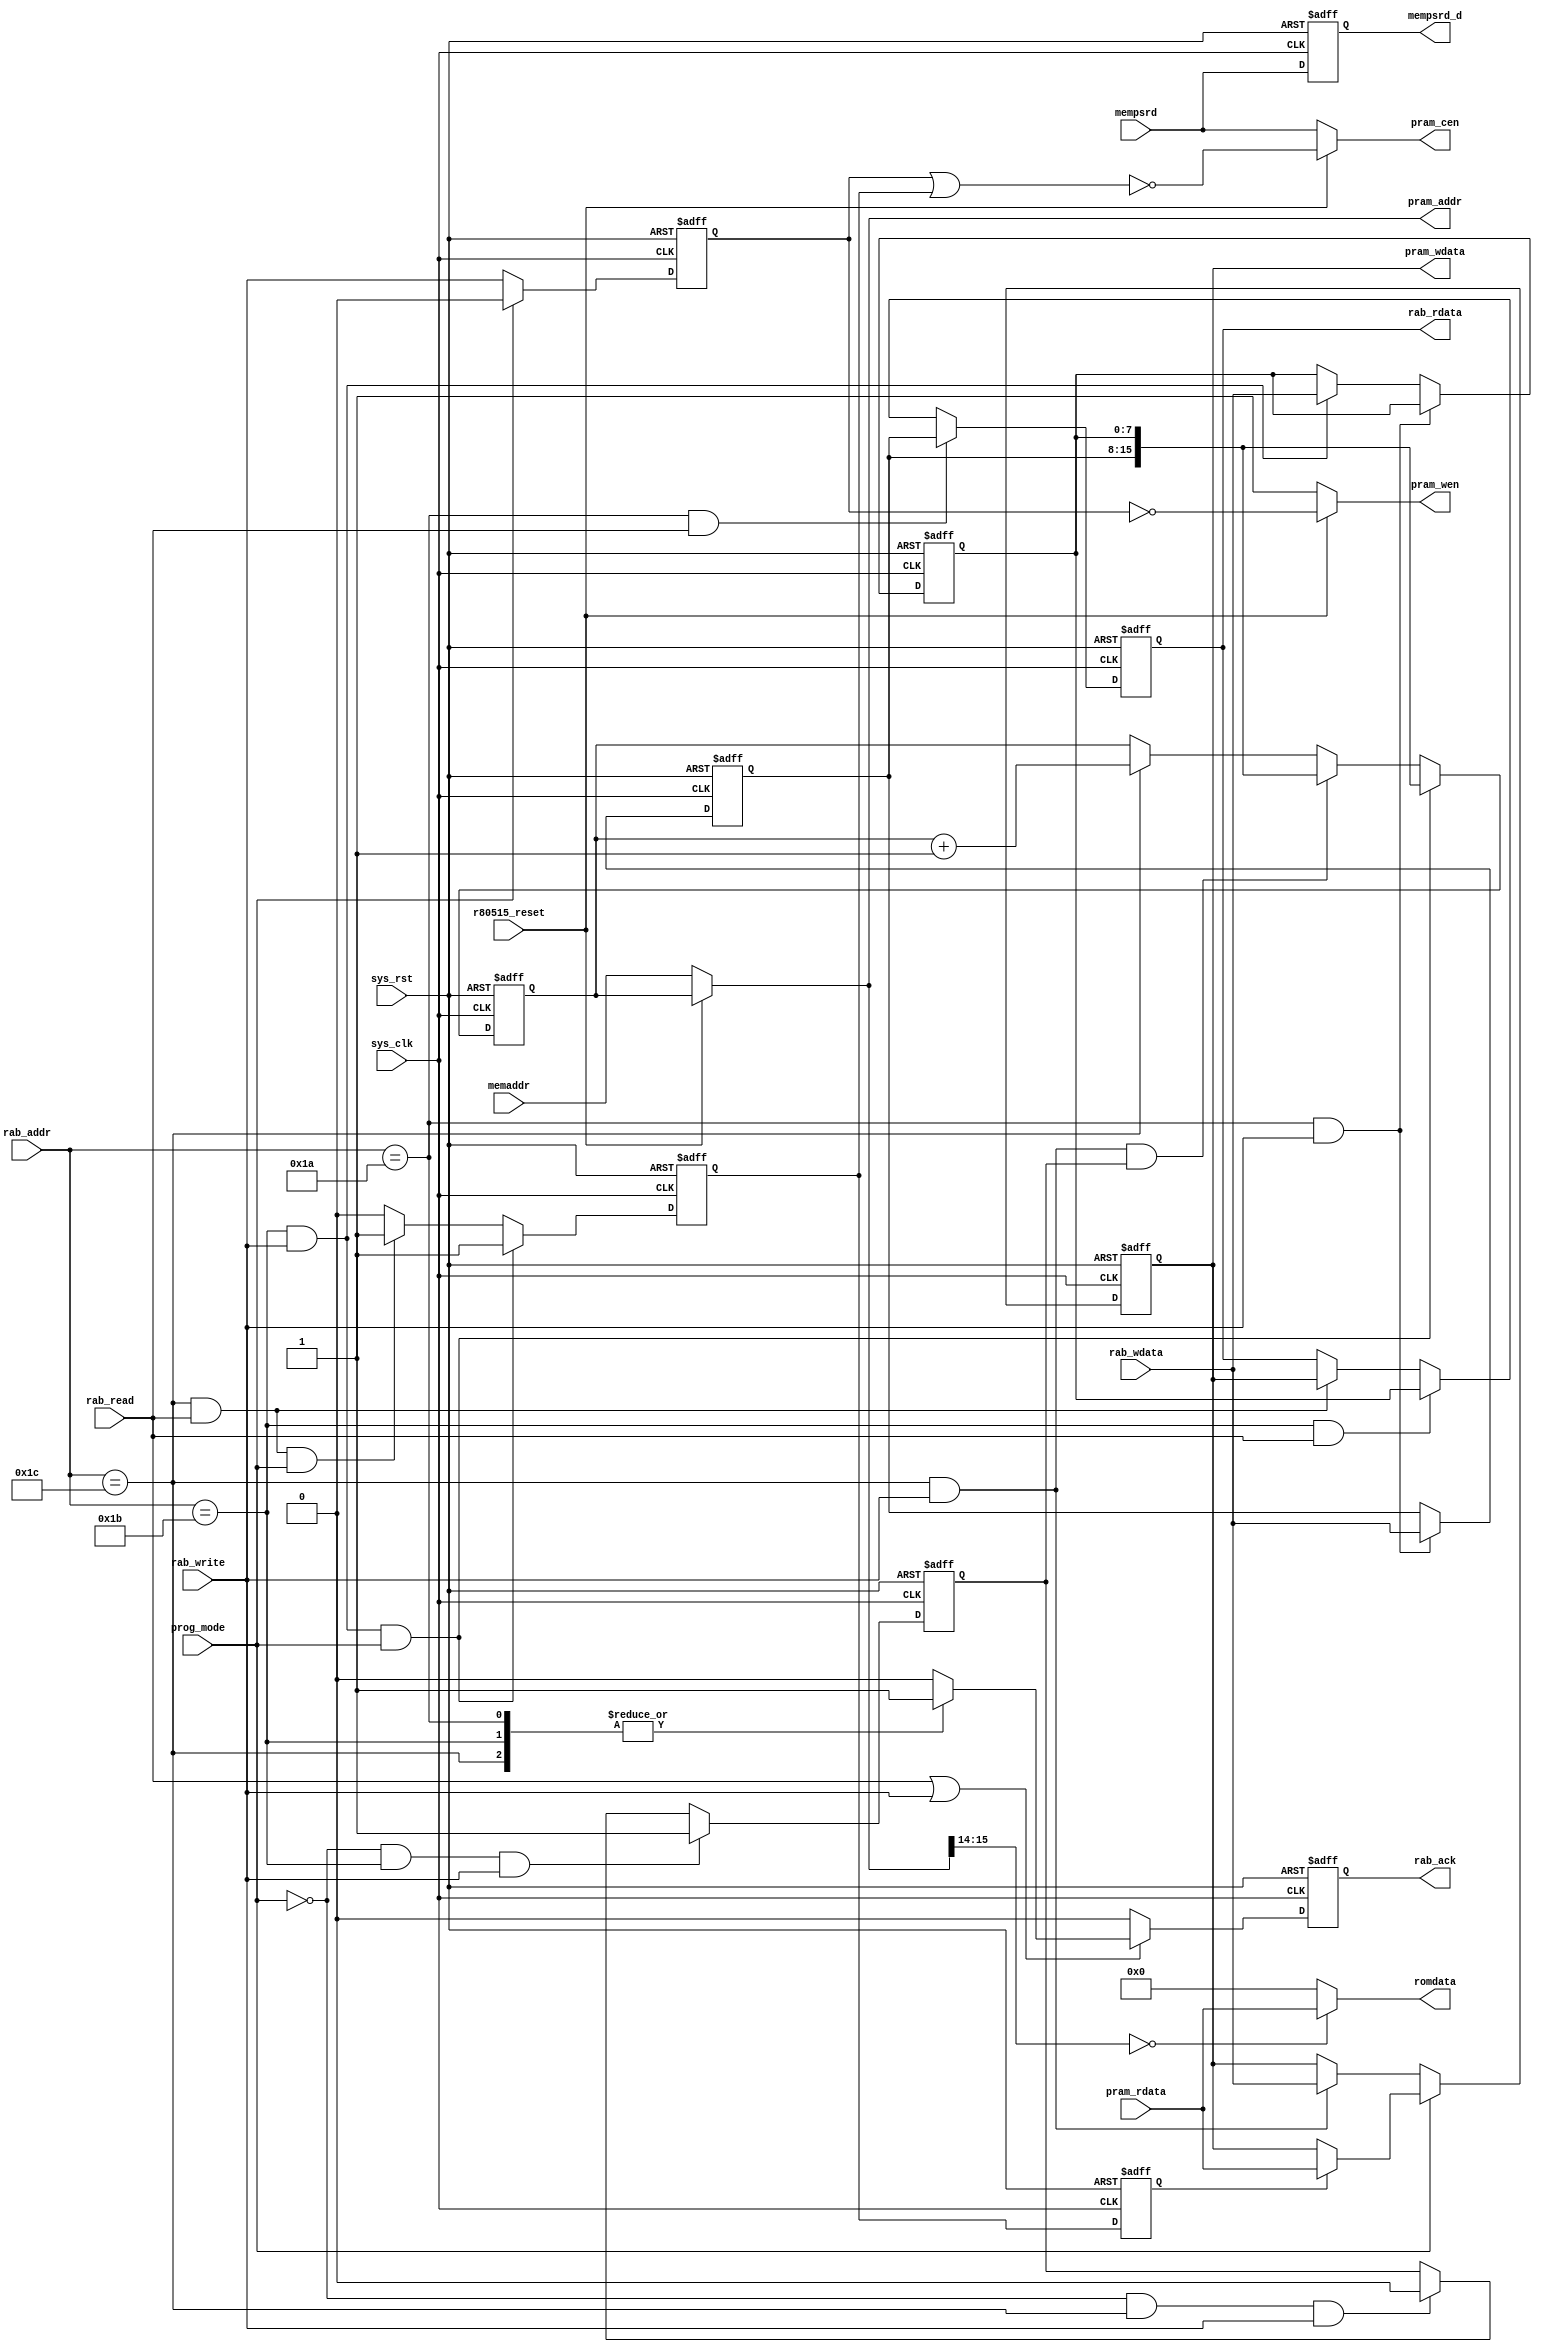
module pram_if(
              sys_clk   ,
              sys_rst   ,
              r80515_reset,
              prog_mode ,
              rab_write ,
              rab_read  ,
              rab_addr  ,
              rab_wdata ,
              rab_rdata ,
              rab_ack   ,

              pram_rdata,
              pram_wen  ,
              pram_cen  ,
              pram_addr ,
              pram_wdata,

              memaddr   ,
              romdata   ,
              mempsrd   ,
              mempsrd_d
 );

input          sys_clk         ;
input          sys_rst         ;
input          r80515_reset    ;
input          prog_mode       ;  //0: sequential write; 1:sequential read

// Host IF
input          rab_write       ;
input          rab_read        ;
input   [8:0]  rab_addr        ;
input   [7:0]  rab_wdata       ;
output  [7:0]  rab_rdata       ;
output         rab_ack         ;

// PRAM IF
input  [7:0]   pram_rdata      ;
output         pram_wen        ;
output         pram_cen        ;
output  [15:0] pram_addr       ;
output  [7:0]  pram_wdata      ; 

// ROM XBUS
input  [15:0]  memaddr         ;
input          mempsrd         ;
output         mempsrd_d       ;
output  [7:0]  romdata         ; 

reg            mempsrd_d       ;   
reg     [7:0]  prog_addr_h     ;
reg     [7:0]  prog_addr_l     ;
reg     [7:0]  prog_data       ;
reg            prog_ram_rd     ;
reg            prog_ram_rd_d   ;
reg            prog_ram_wr     ;
reg            wr_1st_flag     ;
reg    [15:0]  ramaddr         ;
reg     [7:0]  ram_rdata       ; 
reg     [7:0]  rab_rdata       ;
reg            rab_ack         ;

wire    [7:0]  romdata         ;
wire   [15:0]  pram_addr       ;
wire           pram_cen        ;
wire           pram_wen        ;
wire    [7:0]  pram_wdata      ;

// Reg control address in reset hold status
// MCU control address in reset release status
assign  pram_addr = r80515_reset ? ramaddr : memaddr;
assign  pram_cen = r80515_reset ? (!(prog_ram_wr | prog_ram_rd )) : mempsrd ;
assign  pram_wen = r80515_reset ? (!prog_ram_wr) : 1'b1 ;
assign  pram_wdata = prog_data;

assign  romdata = (pram_addr[15:14] == 2'b00) ?  pram_rdata : 8'h00 ;

// Host IF Read & Write Operation
// register for store data
// Buffer WR data in WR operation
// Hold Read data in RD operation
always @(posedge sys_clk or posedge sys_rst) begin
  if(sys_rst) begin
    prog_data   <= 8'h00;
  end
  else if(prog_mode) begin   // sequential read
    if(prog_ram_rd_d) begin  // ram_rdata ready 1 cycle after prog_ram_rd 
      prog_data <= pram_rdata; 
    end
  end
  else begin //sequential write
    if((rab_addr == 9'h1c) && rab_write) begin  
      prog_data <= rab_wdata; 
    end
  end
end

// Host RD REG
always @(posedge sys_clk or posedge sys_rst) begin
  if(sys_rst)
    rab_rdata <= 8'h00;
  else if((rab_addr == 9'h1a) && rab_read)
    rab_rdata <= prog_addr_h;
  else if((rab_addr == 9'h1b) && rab_read)
    rab_rdata <= prog_addr_l;
  else if((rab_addr == 9'h1c) && rab_read)
    rab_rdata <= prog_data  ;
end

// Host Command Acknoledge
////////////// ack ///////////////
always @(posedge sys_clk or posedge sys_rst) begin
  if(sys_rst)
    rab_ack <= 1'b0;
  else if(rab_read||rab_write)
    case (rab_addr)
      9'h1a: rab_ack <= 1'b1;
      9'h1b: rab_ack <= 1'b1;
      9'h1c: rab_ack <= 1'b1;
      default: rab_ack <= 1'b0;
    endcase
  else
    rab_ack <= 1'b0;
end

////////////// wr/rd /////////////
always @(posedge sys_clk or posedge sys_rst) begin
  if(sys_rst) 
    prog_ram_wr <= 1'b0;
  else if(!prog_mode)  //sequential write
    prog_ram_wr <= rab_write;   
  else
    prog_ram_wr <= 1'b0;
end

// Read immediate After Write Low Address in SEQ_WR mode
// Read after Write 9'1c
always @(posedge sys_clk or posedge sys_rst) begin
  if(sys_rst) 
    prog_ram_rd <= 1'b0;
  else if((rab_addr == 9'h1b) && rab_write && prog_mode)
    prog_ram_rd <= 1'b1;
  else if((rab_addr == 9'h1c) && rab_read  && prog_mode)
    prog_ram_rd <= 1'b1;
  else
    prog_ram_rd <= 1'b0;
end
  
//generate a signal for 1 clock cycle delay of prog_ram_rd
always @(posedge sys_clk or posedge sys_rst) begin
  if(sys_rst) begin
    prog_ram_rd_d <= 1'b0;
  end
  else begin
    prog_ram_rd_d <= prog_ram_rd;
  end
end

//hold access addr
always @(posedge sys_clk or posedge sys_rst) begin
  if(sys_rst) begin
    prog_addr_h <= 8'h00;
    prog_addr_l <= 8'h00;       
  end
  else //sequential read/write
    if((rab_addr == 9'h1a) && rab_write)
      prog_addr_h <= rab_wdata;
    else if((rab_addr == 9'h1b) && rab_write)
      prog_addr_l <= rab_wdata;
end


//ramaddr for storing ram address; always get ready before write/read
always @(posedge sys_clk or posedge sys_rst) begin
  if(sys_rst) 
    ramaddr <= 16'h0000;
  //else if(prog_ram_rd_t3) //read 1st ram data after finish set prog_addr_l
  else if((rab_addr == 9'h1b) && rab_write && prog_mode)
    ramaddr <= {prog_addr_h,prog_addr_l};
  else if((rab_addr == 9'h1c) && rab_write && wr_1st_flag)   //addr of write 1st data
    ramaddr <= {prog_addr_h,prog_addr_l};
  else if(rab_addr == 9'h1c)   //write/read the rest data, address auto add 1
    ramaddr <= ramaddr + 1;  
//  else if(!r80515_reset)
//    ramaddr <= memaddr;
end

always @(posedge sys_clk or posedge sys_rst) begin
  if(sys_rst) 
    wr_1st_flag <= 1'b0;
  else if(!prog_mode && (rab_addr == 9'h1b) && rab_write) //write data mode
    wr_1st_flag <= 1'b1;
  else if(!prog_mode && (rab_addr == 9'h1c) && rab_write)
    wr_1st_flag <= 1'b0;
end

//delay for mempsrd
always @(negedge sys_clk or posedge sys_rst)begin
  if(sys_rst)
    mempsrd_d <= 1'b0;
  else
    mempsrd_d <= mempsrd;
end


endmodule